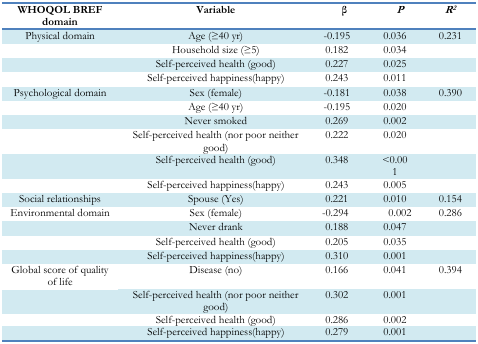
| WHOQOL BREF domain | Variable | β | P | R2 |
 | --- | --- | --- | --- | --- |
 | Physical domain | Age (≥40 yr) | −0.195 | 0.036 | 0.231 |
 |  | Household size (≥5) | 0.182 | 0.034 |  |
 |  | Self-perceived health (good) | 0.227 | 0.025 |  |
 |  | Self-perceived happiness (happy) | 0.243 | 0.011 |  |
 | Psychological domain | Sex (female) | −0.181 | 0.038 | 0.390 |
 |  | Age (≥40 yr) | −0.195 | 0.020 |  |
 |  | Never smoked | 0.269 | 0.002 |  |
 |  | Self-perceived health (nor poor neither good) | 0.222 | 0.020 |  |
 |  | Self-perceived health (good) | 0.348 | <0.001 |  |
 |  | Self-perceived happiness (happy) | 0.243 | 0.005 |  |
 | Social relationships | Spouse (Yes) | 0.221 | 0.010 | 0.154 |
 | Environmental domain | Sex (female) | −0.294 | 0.002 | 0.286 |
 |  | Never drank | 0.188 | 0.047 |  |
 |  | Self-perceived health (good) | 0.205 | 0.035 |  |
 |  | Self-perceived happiness (happy) | 0.310 | 0.001 |  |
 | Global score of quality of life | Disease (no) | 0.166 | 0.041 | 0.394 |
 |  | Self-perceived health (nor poor neither good) | 0.302 | 0.001 |  |
 |  | Self-perceived health (good) | 0.286 | 0.002 |  |
 |  | Self-perceived happiness (happy) | 0.279 | 0.001 |  |